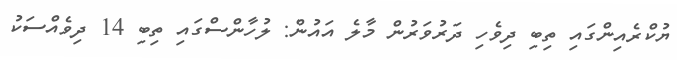
ޔުކްރެއިންގައި ތިބި ދިވެހި ދަރުވަރުން މާލެ އައުން: ލުހާންސްގައި ތިބި 14 ދިވެއްސަކު